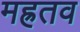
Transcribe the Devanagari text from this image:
मह्रतव